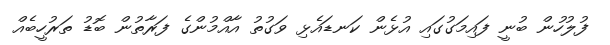
ފުލުހުން ބުނީ ފައިމަގުގައި އުޅެން ކަނޑައެޅި ވަގުތު އާއްމުންގެ ފަރާތުން ބޮޑު ތަރުހީބެއް